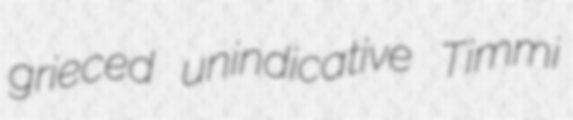
grieced unindicative Timmi